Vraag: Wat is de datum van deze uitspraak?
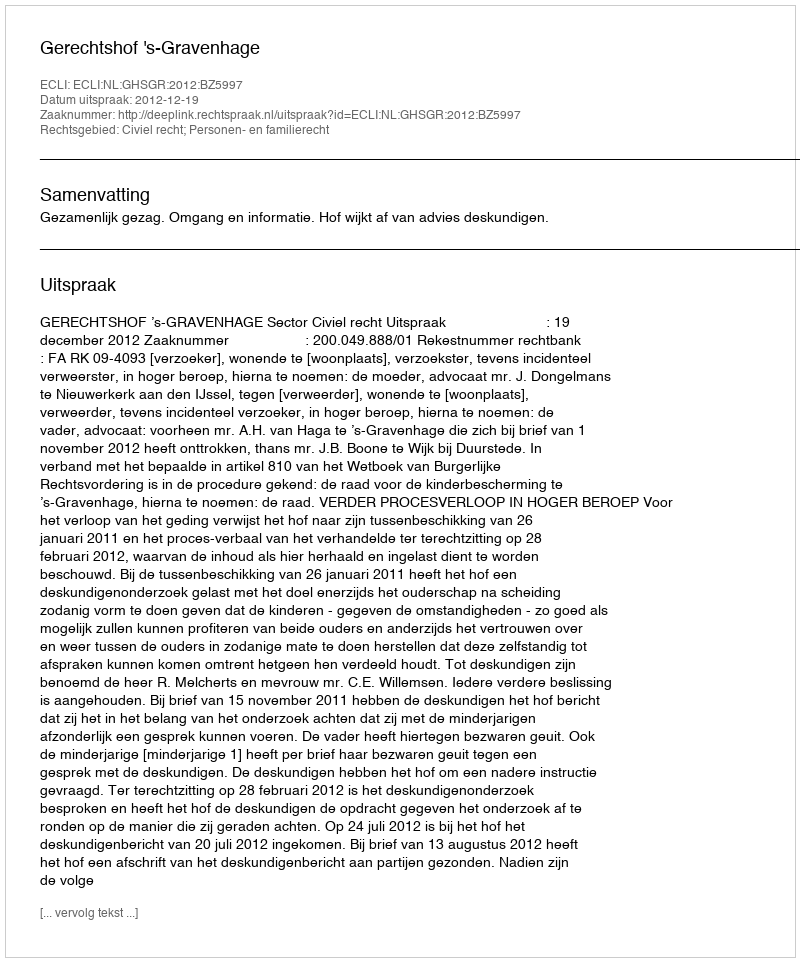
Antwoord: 2012-12-19